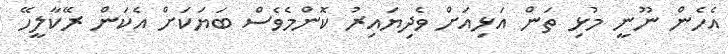
އެހެން ނޫނީ މުޅި ތަން އަޅިއަށް ވެދިޔައިރު ކޮންމެވެސް ބަޔަކަށް އެކަން ރޭކާލީހޭ